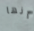
أنها